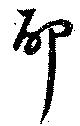
耶